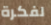
لفكرة